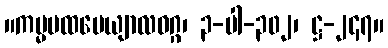
။ကမ္မပထပေယျာလဝဂ္ဂ၊ ၃-ပါ-၃၀၂၊ ဋ္ဌ-၂၄၇။